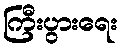
ကြီးပွားရေး